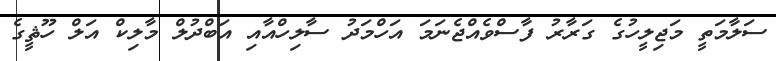
ސަލާމަތީ މަޖިލީހުގެ ގަރާރު ފާސްވެއްޖެނަމަ އަހްމަދު ސާލިހްއާއި އަބްދުލް މާލިކް އަލް ހޫޘީގެ